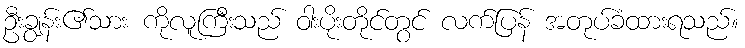
ဦးချွန်း၏သား ကိုလူကြီးသည် ဝါးပိုးတိုင်တွင် လက်ပြန် အတုပ်ခံထားရသည်။